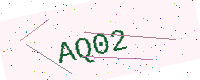
Text: AQ02